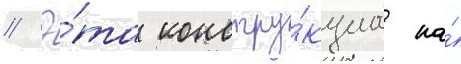
// Э́та констру́кциа на́